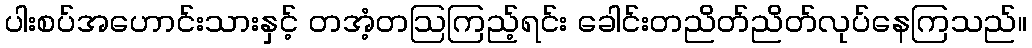
ပါးစပ်အဟောင်းသားနှင့် တအံ့တဩကြည့်ရင်း ခေါင်းတညိတ်ညိတ်လုပ်နေကြသည်။